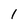
Character: 1